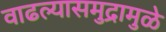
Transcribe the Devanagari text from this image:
वाढल्यासमुद्रामुळे